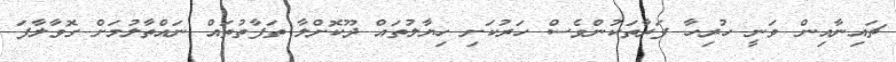
ޗައިނާއިން ވަނީ ހުރިހާ ފަރާތަކުންވެސް ހަރުކަށި ހިޔާލުތައް ދޫކޮށްލާ ތަފާތުތައް ނައްތާލުމަށް ގޮވާލާފަ